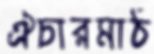
ঐচারমাঠ